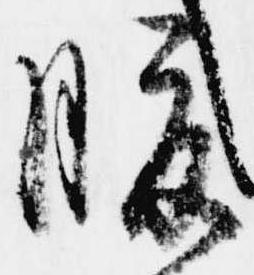
腹